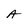
Character: A